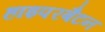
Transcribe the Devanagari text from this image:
हाइपरबैटन